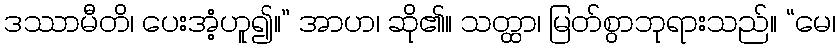
ဒဿာမီတိ၊ ပေးအံ့ဟူ၍။” အာဟ၊ ဆို၏။ သတ္ထာ၊ မြတ်စွာဘုရားသည်။ “မေ၊